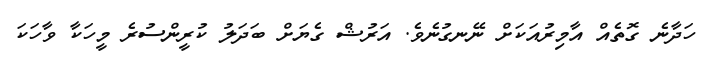
ހަދާނެ ގޮތެއް އާމިރުއަކަށް ނޭނގުނެވެ. އަރުޝް ގެޔަށް ބަދަލު ކުރީންސުރެ މީހަކާ ވާހަކަ